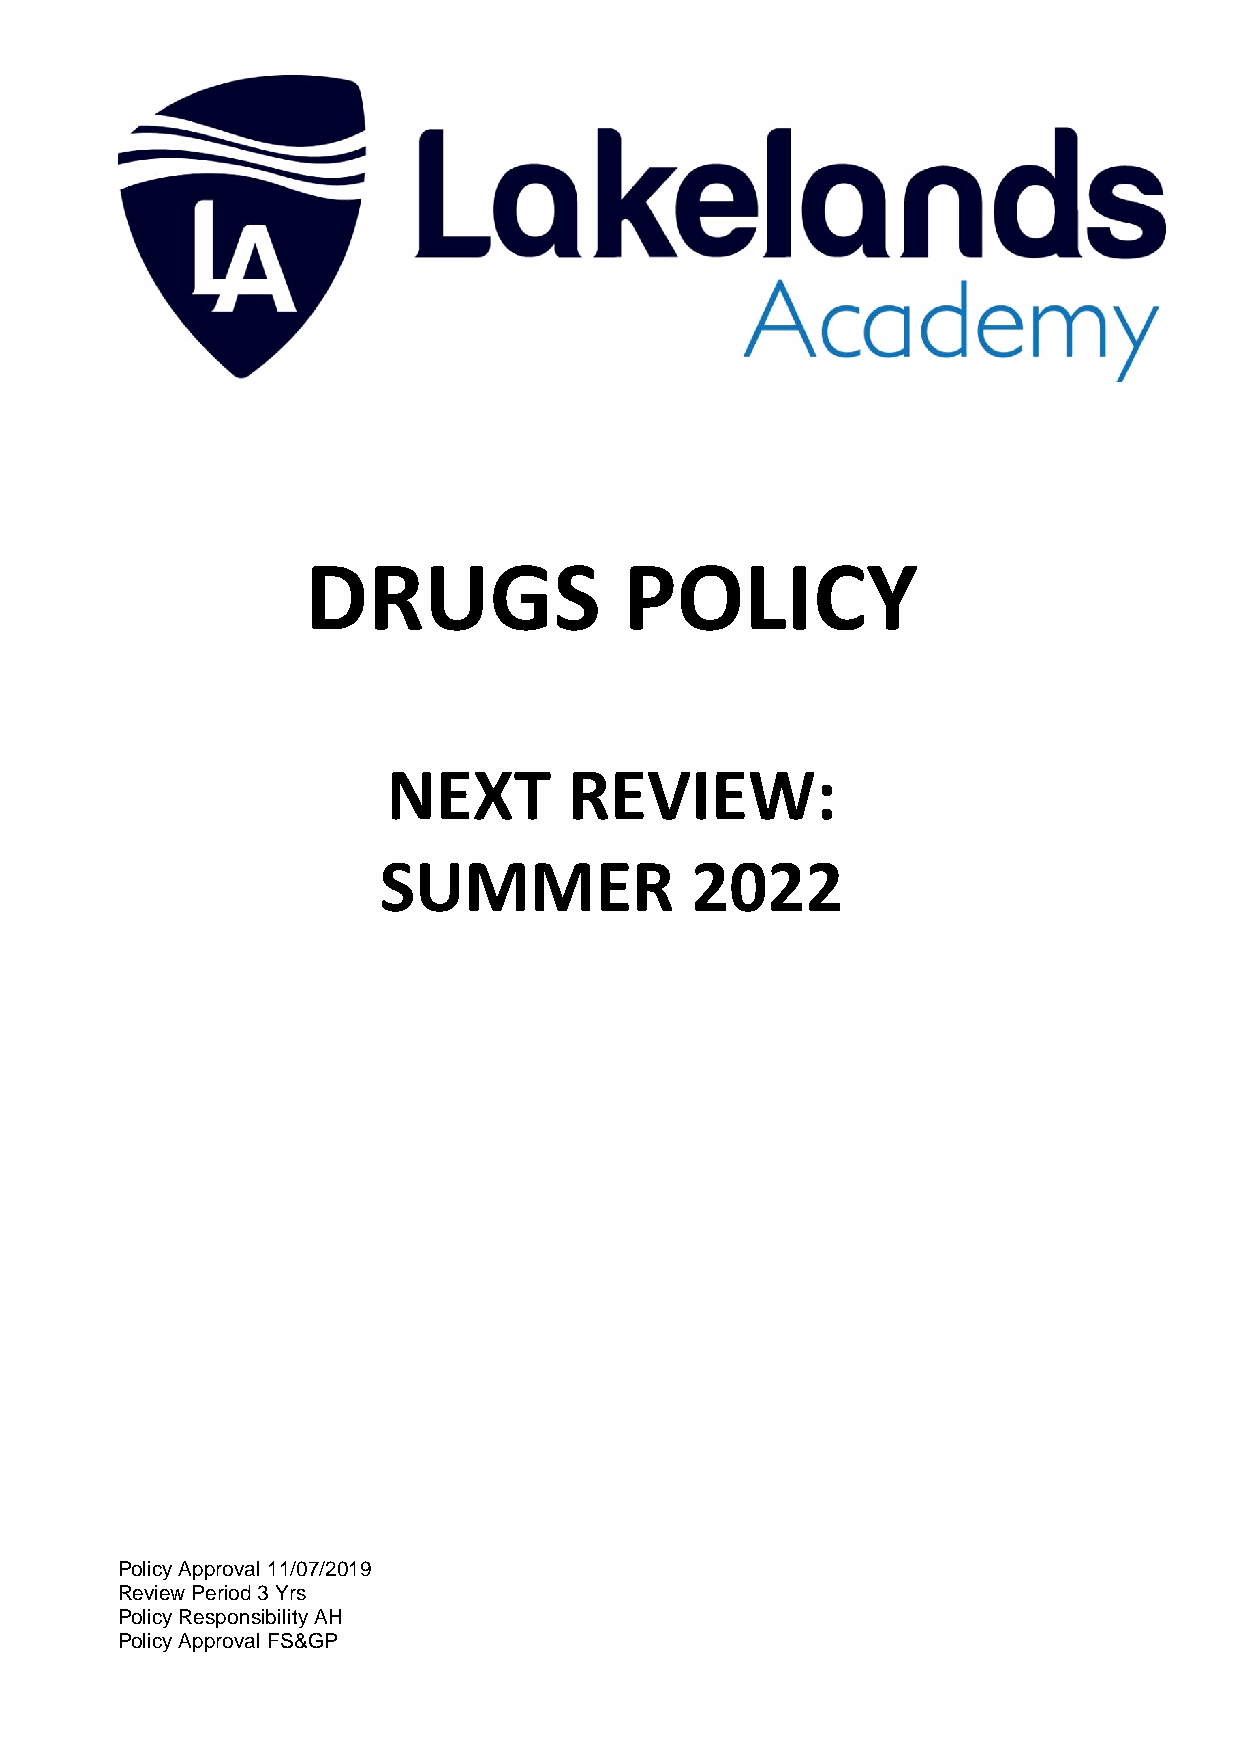
DRUGS                POLICY
 NEXT        REVIEW:
 SUMMER               2022
 Policy Approval 11/07/2019
 Review Period 3 Yrs
 Policy Responsibility AH
 Policy Approval FS&GP